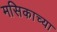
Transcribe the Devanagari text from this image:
मसिकाच्या